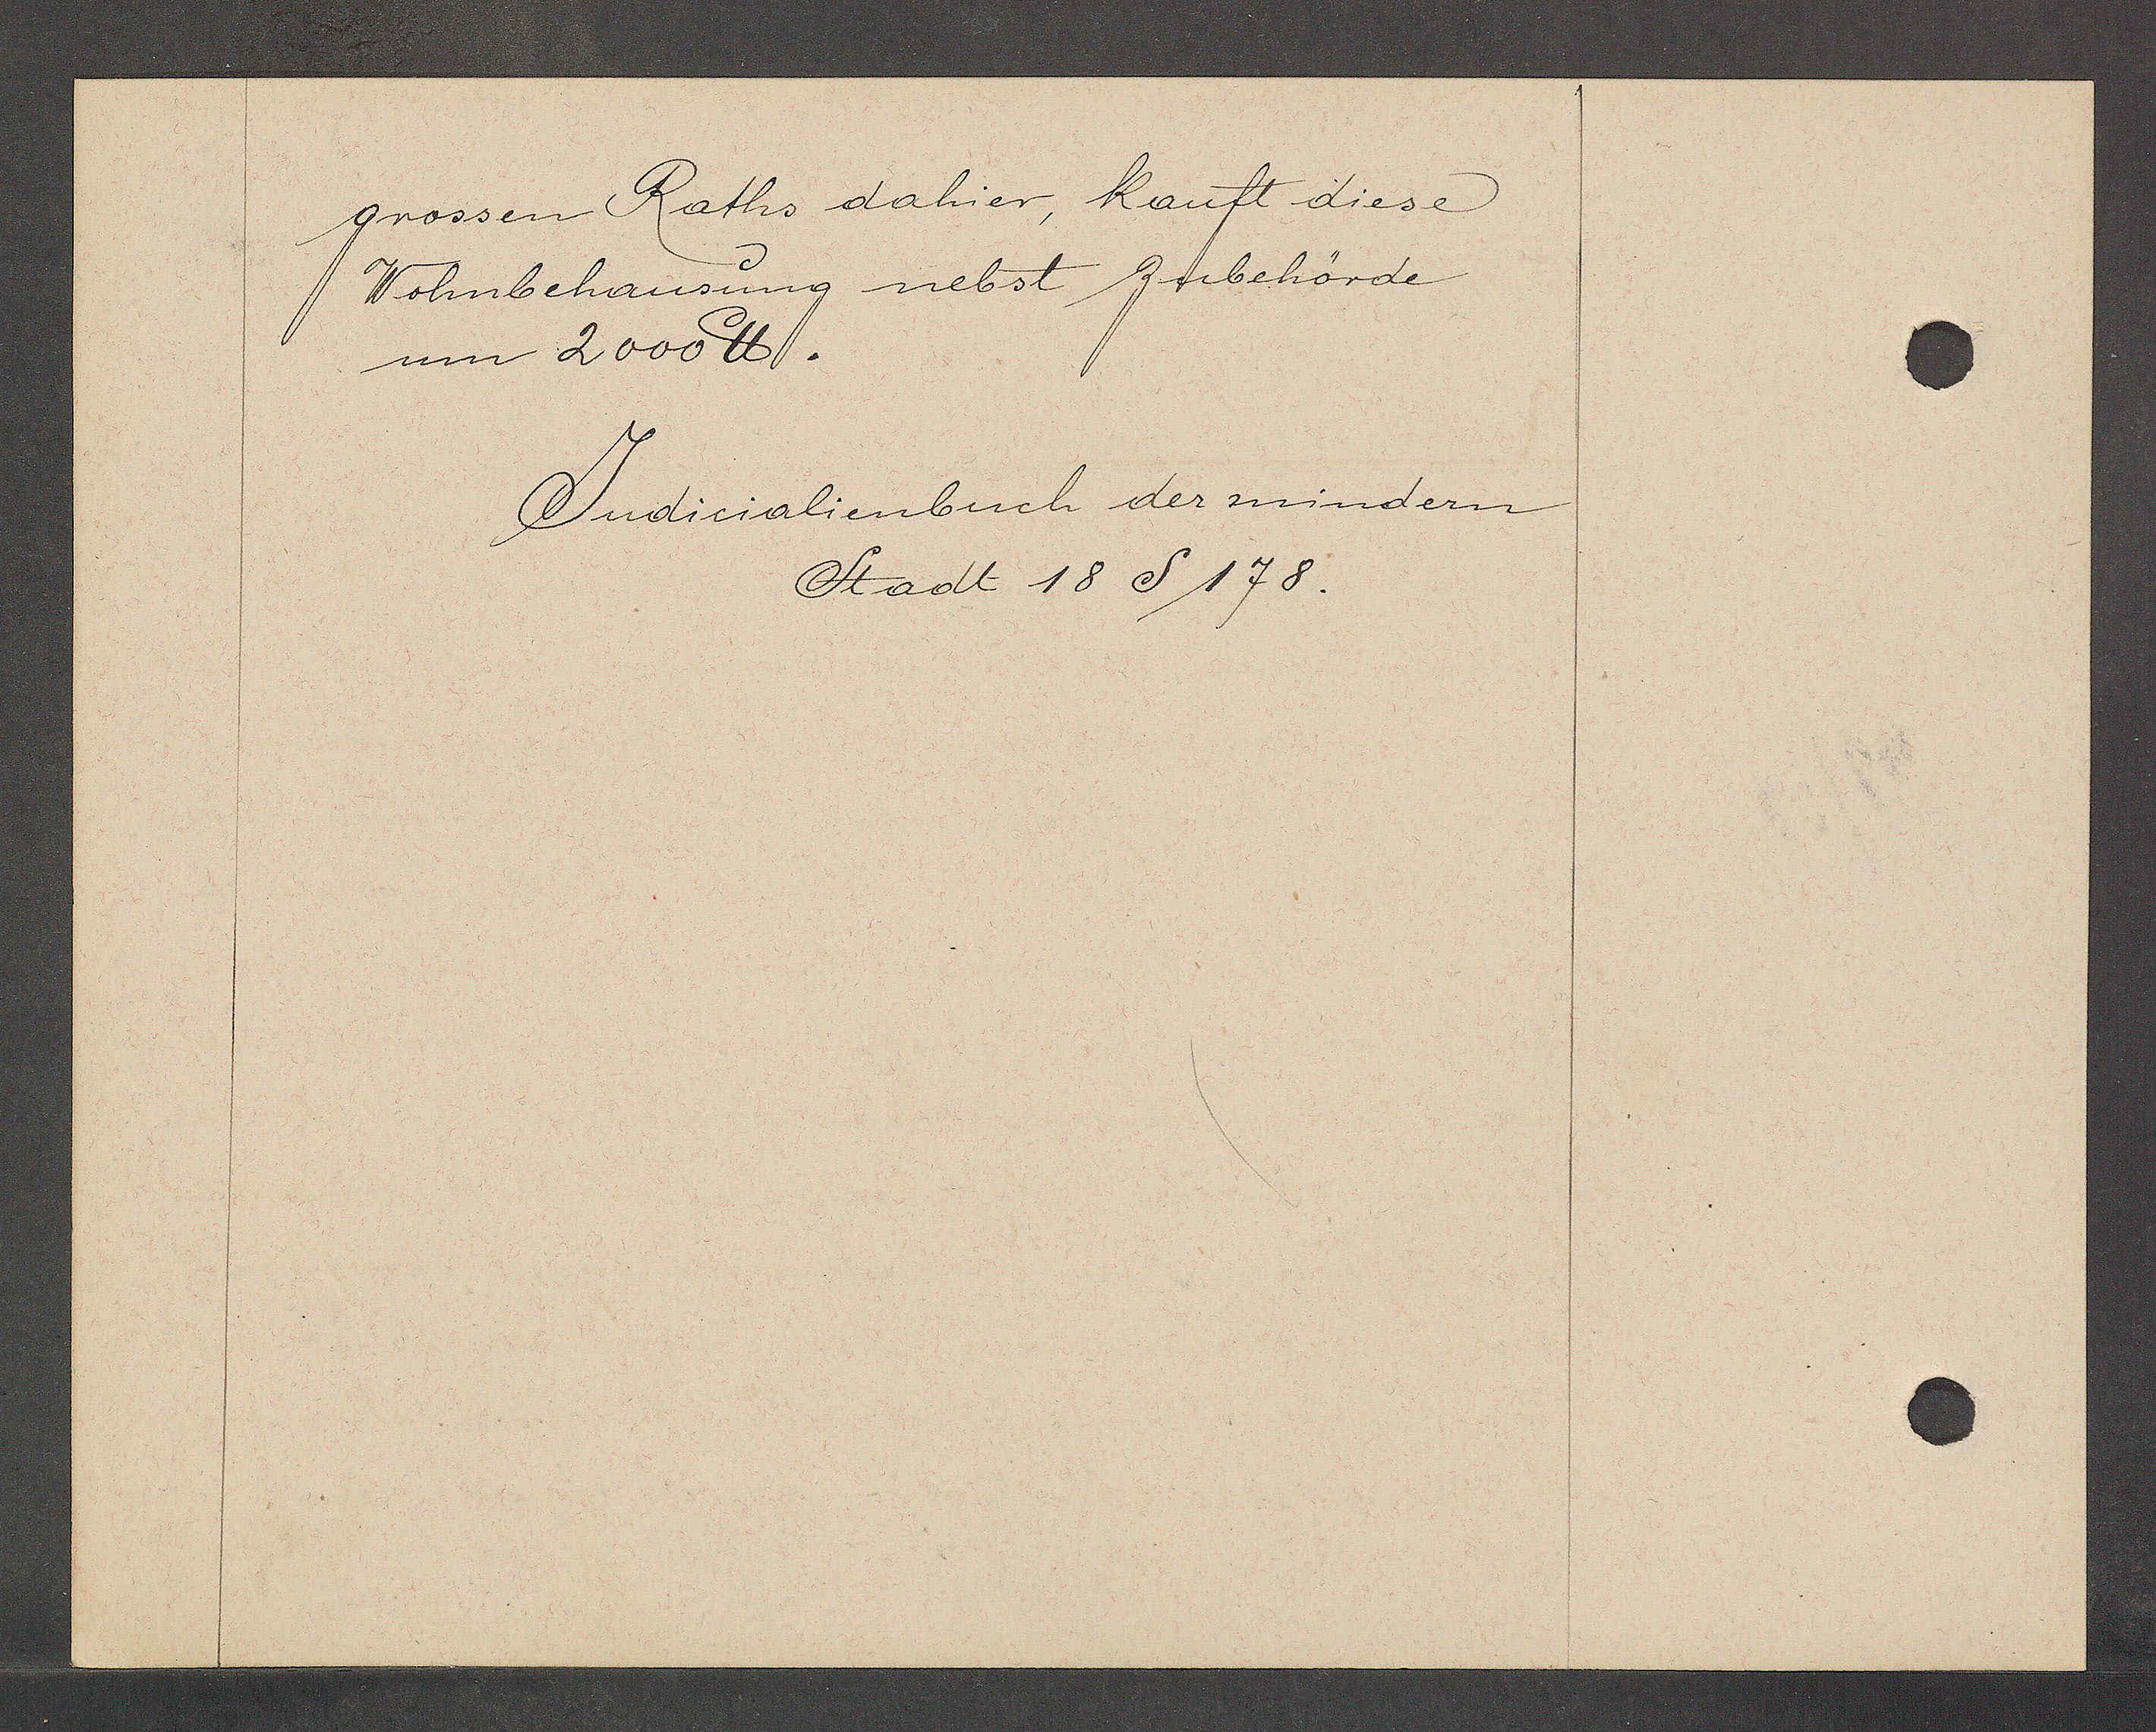
Transcript:
grossen Raths dahier, kauft diese
Wohnbehausung nebst Zubehörde
um 2000 ℔.

Judicialienbuch der mindern
Stadt 18 S 178.